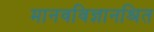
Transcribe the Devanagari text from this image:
मानवविज्ञानश्रित